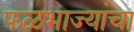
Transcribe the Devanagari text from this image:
फळभाज्यांचा